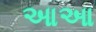
આઆ